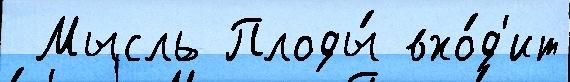
 Мысль Плоды́ вхо́д'ит